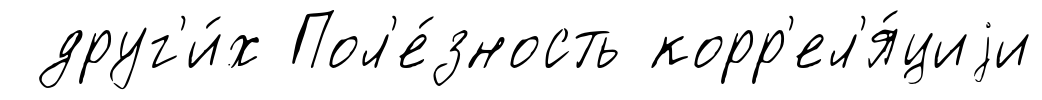
друг'и́х Пол'е́зность корр'ел'я́циjи